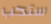
ستحب